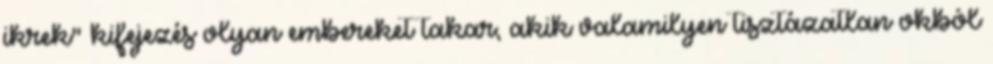
ikrek" kifejezés olyan embereket takar, akik valamilyen tisztázatlan okból